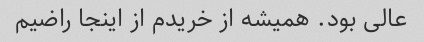
عالی بود. همیشه از خریدم از اینجا راضیم